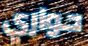
حواري